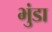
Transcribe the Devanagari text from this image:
भुंडा